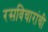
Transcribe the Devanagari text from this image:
रसविचारांची